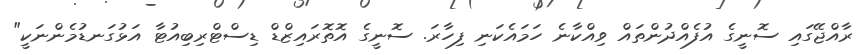
ރާއްޖޭގައި ސޮނީގެ އުފެއްދުންތައް ވިއްކާނެ ހަމައެކަނި ފިހާރަ. ސޮނީގެ އޮތޮރައިޒްޑް ޑިސްޓްރިބިއުޓާ އަޅުގަނޑުމެންނަކީ"